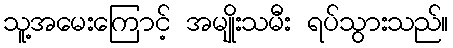
သူ့အမေးကြောင့် အမျိုးသမီး ရပ်သွားသည်။